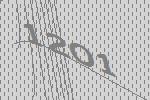
1201